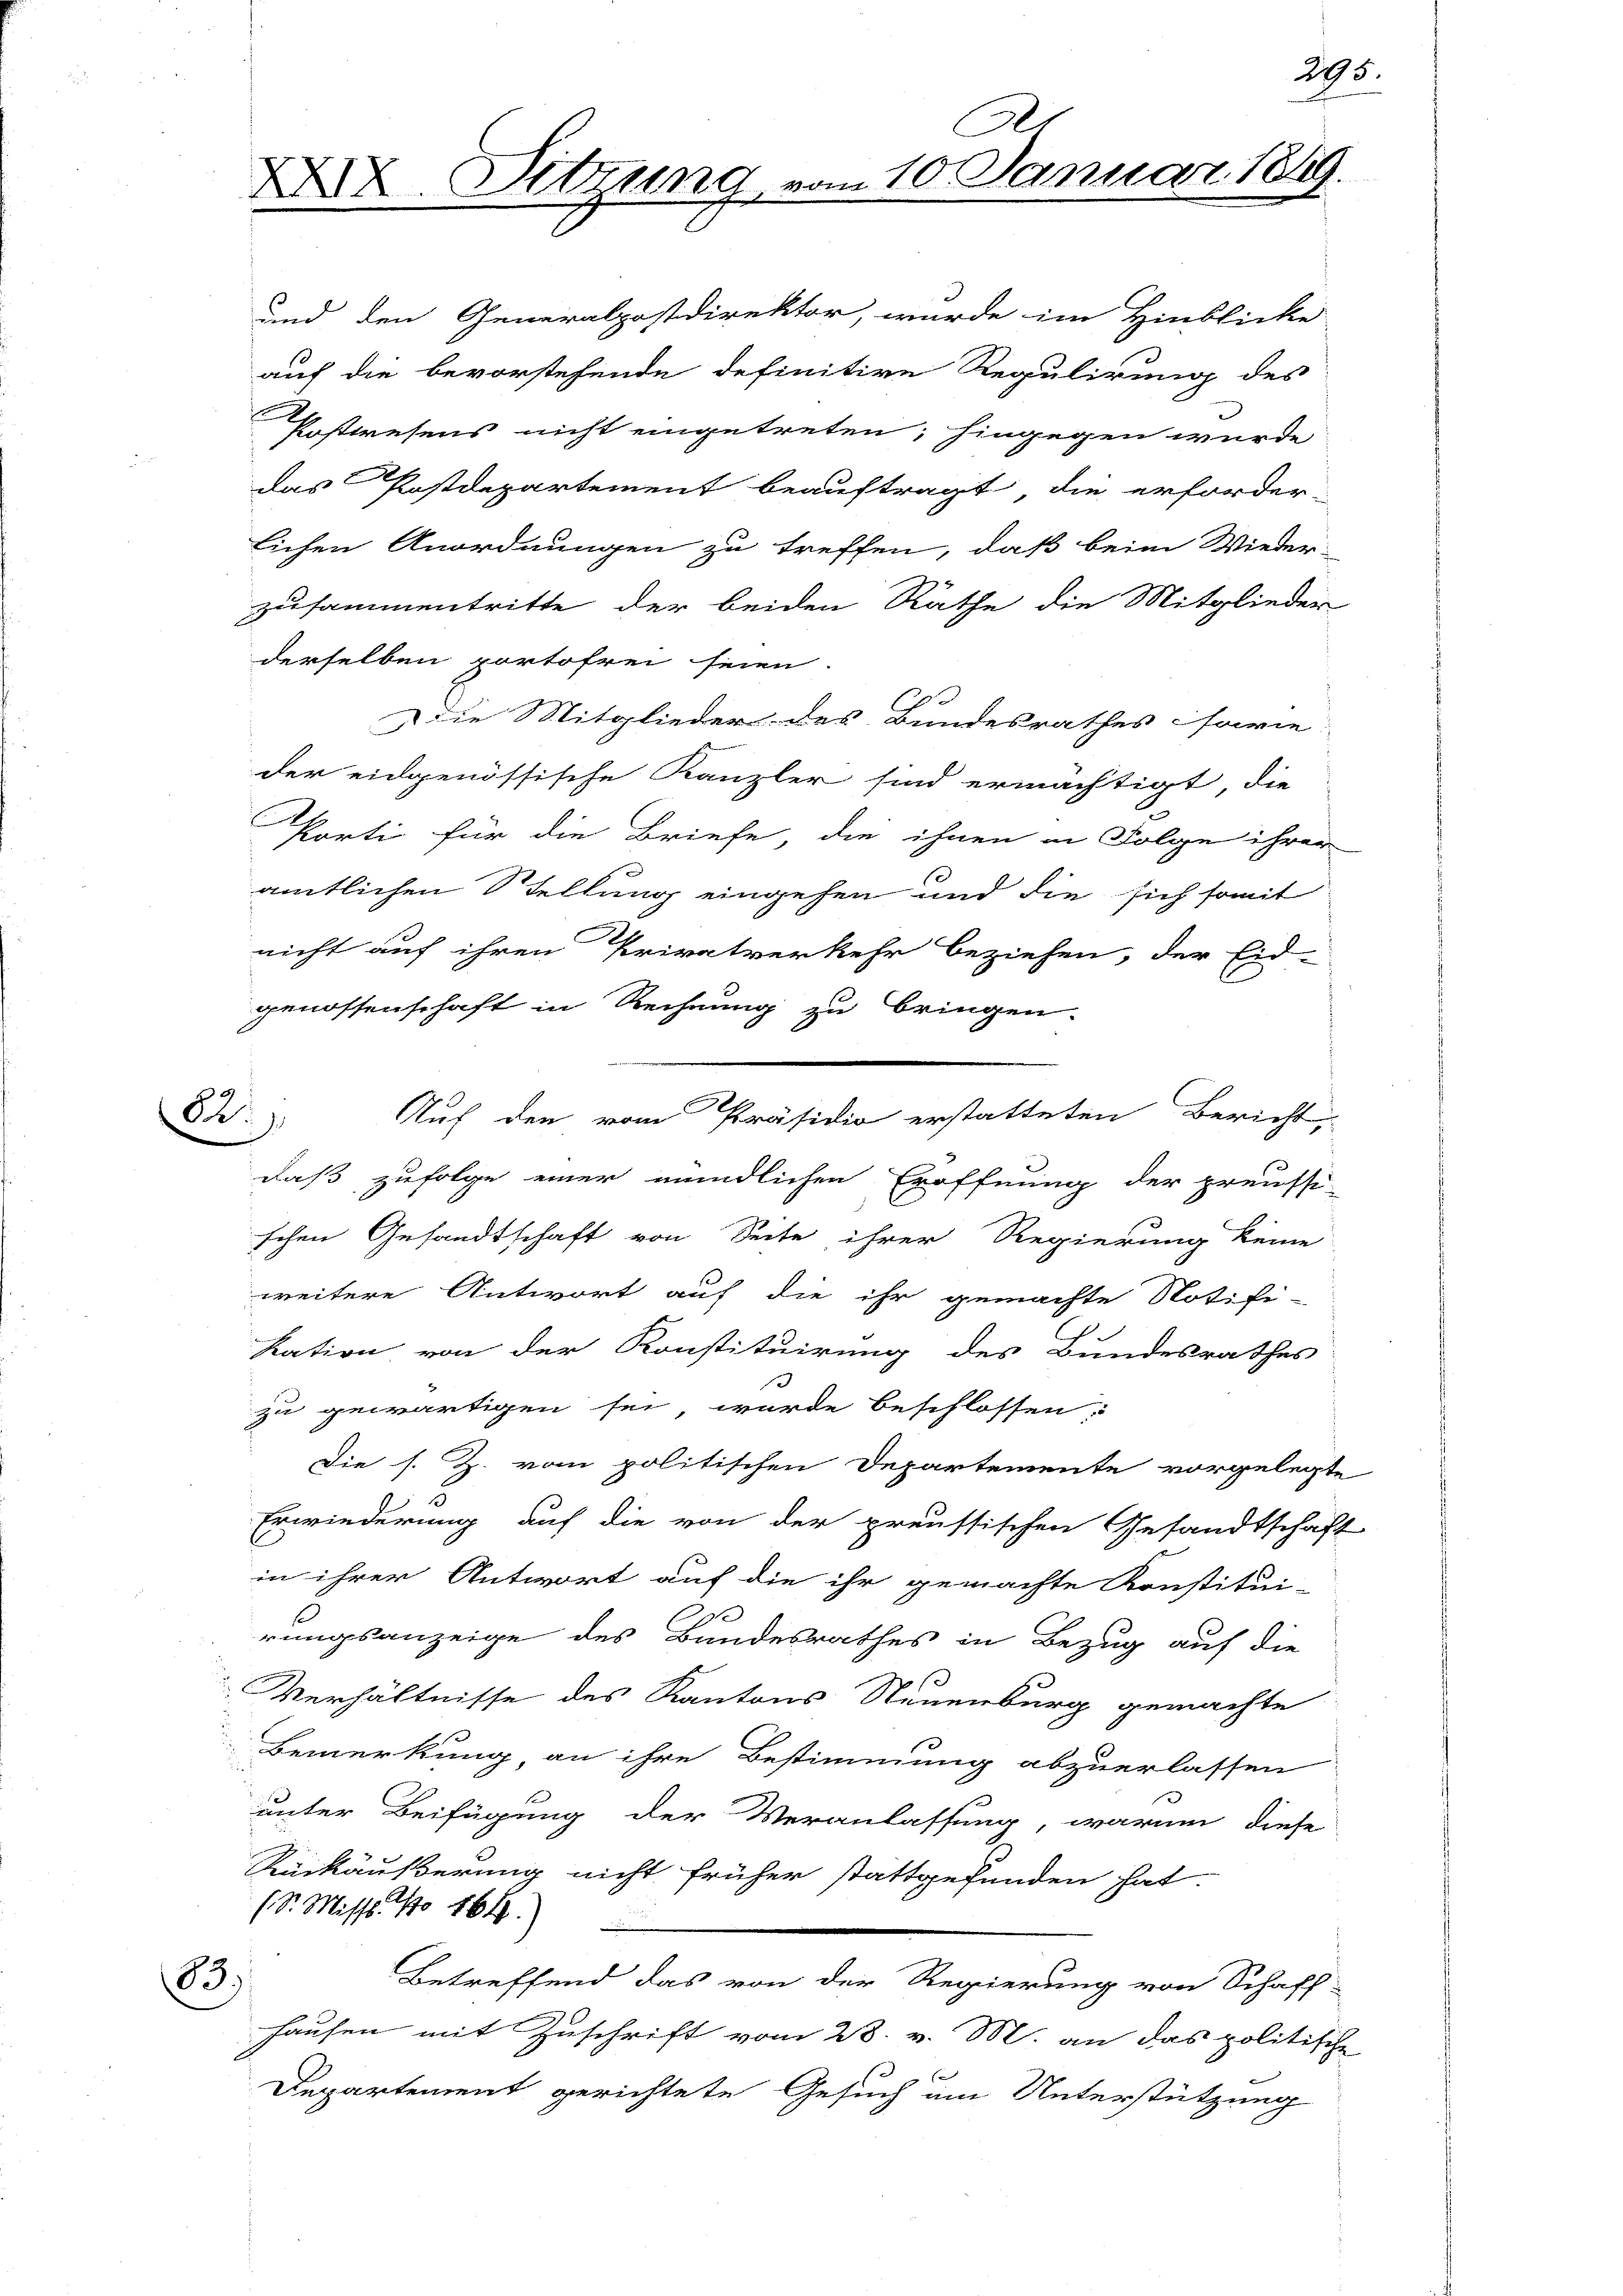
das Postdepartement beauftragt, die erforder-
lichen Anordnungen zu treffen, daß beim Wieder-
zusammentritte der beiden Räthe die Mitglieder
derselben portofrei seien.
Die Mitglieder des Bundesrathes sowie
der eidgenössische Kanzler sind ermächtigt, die
.
E
Korti für die Briefe die ihnen in Folge ihrer
amtlichen Stellung eingehen und die sich somit
nicht auf ihren Privatverkehr beziehen, der Eid-
genossenschaft in Rechnung zu bringen.
daß zufolge einer mündlichen Eröffnung der preussi-
schen Gesandtschaft von Seite, ihrer Regierung keine
weitere Antwort auf die ihr gemachte Notifi-
kation, von der Konstituirung des Bundesrathes
zu gewärtigen sei, wurde beschlossen:
Die s. Z. vom politischen Departemente vorgelegte
Erwiederung auf die von der preussischen Gesandtschaft
in ihrer Antwort auf die ihr gemachte Konstitui-
rungsanzeige des Bundesrathes in Bezug auf die
Verhältnisse des Kantons Neuenburg gemachte
Bemerkung an ihre Bestimmung abzuerlassen
unter Beifügung der Veranlassung, warum diese
Rükäußerung nicht früher stattgefunden hat.
(S. Miss. No 468.
Betreffend das von der Regierung von Schaff-
83)
hausen mit Zuschrift vom 28. v. M. an das politische
Departement gerichtete Gesuch um Unterstützung

und den Generalpostdirektor, wurde im Hinblicke
auf die bevorstehende definitive Regulirung des
Postwesens nicht eingetreten; hingegen wurde

82

Auf den vom Präsidio erstatteten Bericht

A
XXX. Sitzung vom 10. Januar 1849.

295.

.